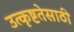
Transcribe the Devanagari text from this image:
उत्कृष्टतेसाठी